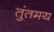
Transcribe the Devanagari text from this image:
तुंतमय